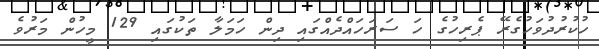
ހުކުރުދުވަހުގެރޭ ޕެރިހުގެ ހަ ސަރަހައްދެއްގައި ދިން ހަމަލާ ތަކުގައި 129 މީހުން މަރުވެ